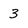
Character: 3